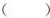
( )